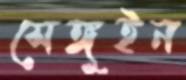
সেঙ্গুইন